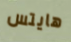
هايتس